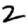
Digit: 2